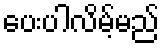
ပေးပါလိမ့်မည်